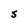
Character: S